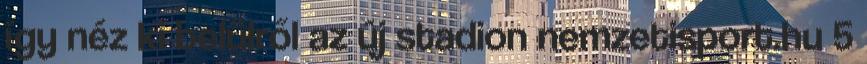
így néz ki belülről az új stadion nemzetisport.hu 5